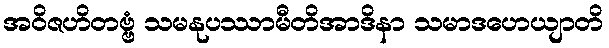
အဝိဇဟိတဗ္ဗံ သမနုပဿာမီတိအာဒိနာ သမာဒဟေယျာတိ